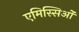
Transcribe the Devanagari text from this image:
एमिस्सिओं